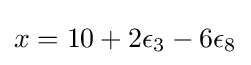
x=10+2\epsilon _{3}-6\epsilon _{8}